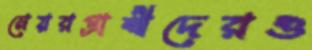
মেয়রপ্রার্থীদেরও